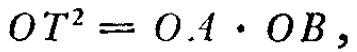
\(OT^{2}=OA\cdot OB\)